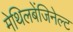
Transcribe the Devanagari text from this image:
मेथिलबेंजिनेल्ट